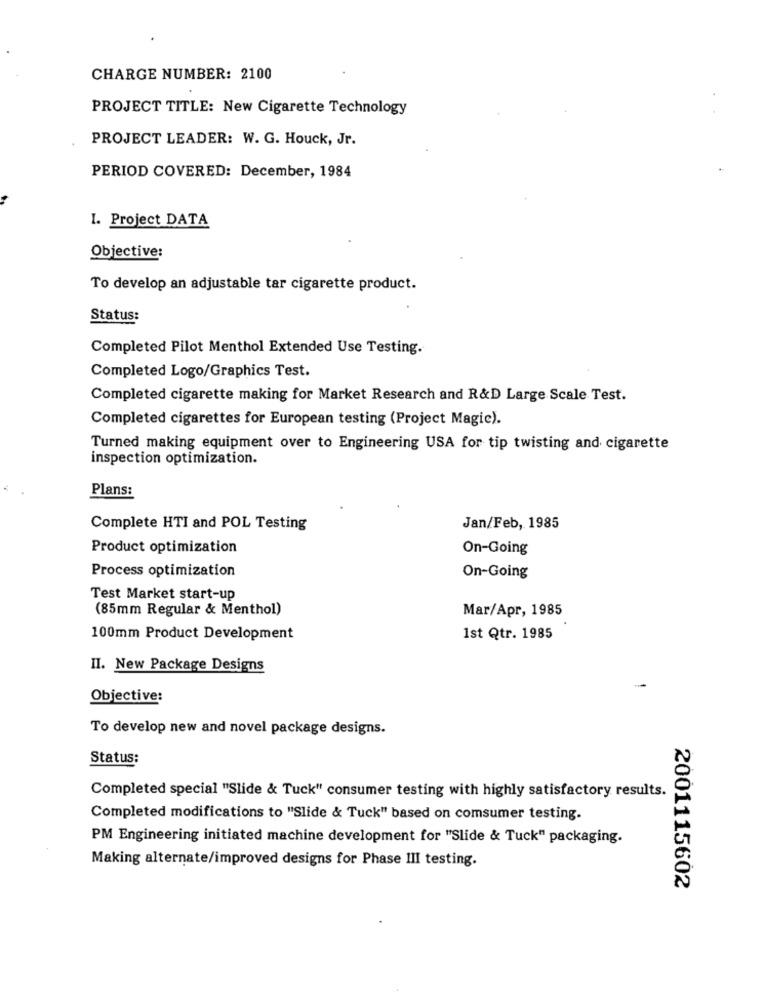
CHARGE NUMBER: 2100
PROJECT TITLE: New Cigarette Technology
PROJECT LEADER: W. G. Houck, Jr.
PERIOD COVERED: December, 1984
I. Project DATA
Objective:
To develop an adjustable tar cigarette product.
Status:
Completed Pilot Menthol Extended Use Testing.
Completed Logo/Graphics Test.
Completed cigarette making for Market Research and R&D Large Scale Test.
Completed cigarettes for European testing (Project Magic).
Turned making equipment over to Engineering USA for tip twisting and cigarette
inspection optimization.
Plans:
Complete HTI and POL Testing
Jan/Feb, 1985
Product optimization
On-Going
Process optimization
On-Going
Test Market start-up
(85mm Regular & Menthol)
Mar/Apr, 1985
100mm Product Development
Ist Qtr. 1985
II. New Package Designs
Objective:
To develop new and novel package designs.
Status:
Completed special "Slide & Tuck" consumer testing with highly satisfactory results.
Completed modifications to "Slide & Tuck" based on comsumer testing.
PM Engineering initiated machine development for "Slide & Tuck" packaging.
Making alternate/improved designs for Phase III testing.
2001115602